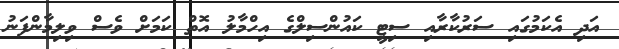
އަދި އެކަމުގައި ސަރުކާރާއި ސިޓީ ކައުންސިލްގެ އިހްމާލު އޮތް ކަމަށް ވެސް ވިލިމާންފަނު